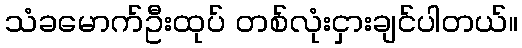
သံခမောက်ဦးထုပ် တစ်လုံးငှားချင်ပါတယ်။